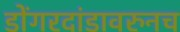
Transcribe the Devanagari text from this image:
डोंगरदांडावरुनच